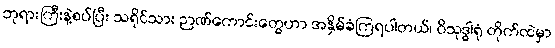
ဘုရားကြီးနဲ့စပ်ပြီး သရိုင်သား ဉာဏ်ကောင်းတွေဟာ အနှိမ်ခံကြရပါတယ်၊ ဝိသုဒ္ဓါရုံ တိုက်ထဲမှာ